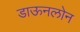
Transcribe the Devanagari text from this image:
डाऊनलोन